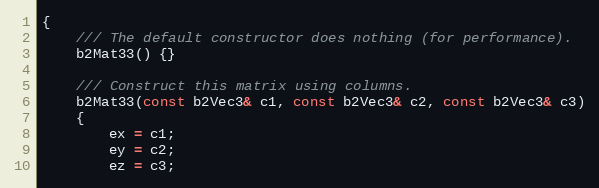
Language: C
{
	/// The default constructor does nothing (for performance).
	b2Mat33() {}

	/// Construct this matrix using columns.
	b2Mat33(const b2Vec3& c1, const b2Vec3& c2, const b2Vec3& c3)
	{
		ex = c1;
		ey = c2;
		ez = c3;